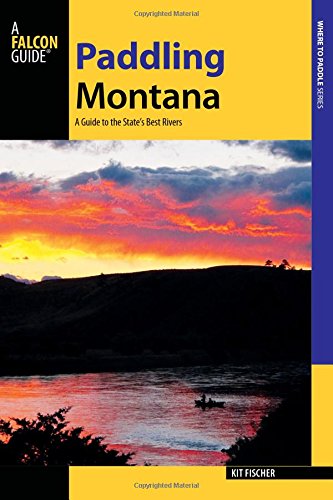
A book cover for Paddling Montana: A Guide to the State's Best Rivers (Paddling Series); Kit Fischer; Sports & Outdoors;